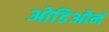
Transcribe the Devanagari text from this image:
ओडिओर्न